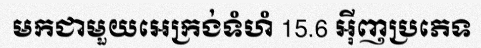
មកជាមួយអេក្រង់ទំហំ 15.6 អ៊ីញប្រភេទ